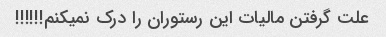
علت گرفتن مالیات این رستوران را درک نمیکنم!!!!!!